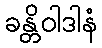
ခန္တိဝါဒါနံ